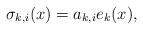
\begin{align*} \sigma_{k, i}(x) = a_{k, i} e_{k}(x) ,\end{align*}